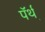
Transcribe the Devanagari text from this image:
पॅर्थ़